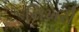
નિખરી